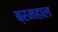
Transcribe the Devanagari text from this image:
ब्रमहाल